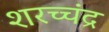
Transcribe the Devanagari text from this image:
शरच्चंंद्र